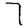
Digit: 7